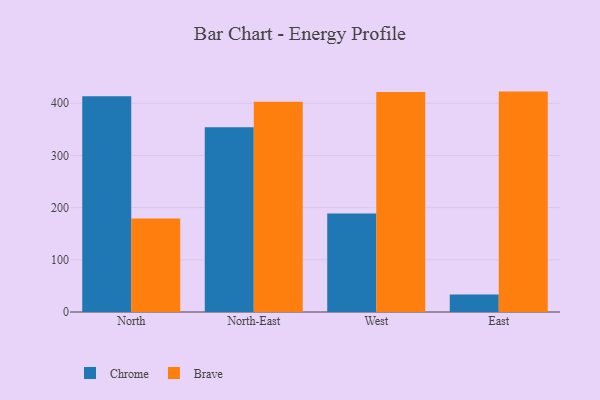
{"axis": {"x": "Region", "y": "Tickets Resolved"}, "legend": ["Brave", "Chrome"], "data": [{"x": "North", "y": 413.3, "type": "Chrome"}, {"x": "North", "y": 179.0, "type": "Brave"}, {"x": "North-East", "y": 353.9, "type": "Chrome"}, {"x": "North-East", "y": 403.1, "type": "Brave"}, {"x": "West", "y": 189.0, "type": "Chrome"}, {"x": "West", "y": 421.5, "type": "Brave"}, {"x": "East", "y": 33.6, "type": "Chrome"}, {"x": "East", "y": 422.4, "type": "Brave"}]}